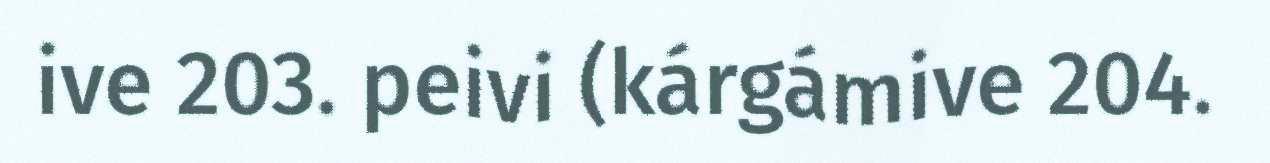
ive 203. peivi (kárgámive 204.